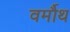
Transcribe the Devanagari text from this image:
वर्मौथ